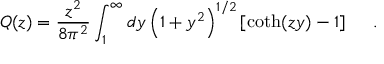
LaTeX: Q ( z ) = { \frac { z ^ { 2 } } { 8 \pi ^ { 2 } } } \int _ { 1 } ^ { \infty } d y \left( 1 + y ^ { 2 } \right) ^ { 1 / 2 } \left[ \coth ( z y ) - 1 \right] ~ ~ ~ ~ .